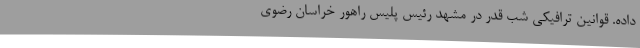
داده. قوانین ترافیکی شب‌ قدر در مشهد رئیس پلیس راهور خراسان رضوی